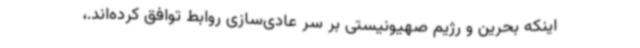
اینکه بحرین و رژیم صهیونیستی بر سر عادی‌سازی روابط توافق کرده‌اند.،